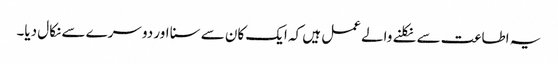
یہ اطاعت سے نکلنے والے عمل ہیں کہ ایک کان سے سنا اور دوسرے سے نکال دیا۔